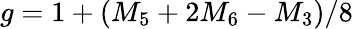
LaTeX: g=1+(M_{5}+2M_{6}-M_{3})/8